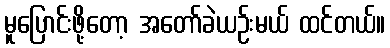
မူပြောင်းဖို့တော့ အတော်ခဲယဉ်းမယ် ထင်တယ်။